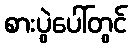
စားပွဲပေါ်တွင်